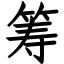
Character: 筹